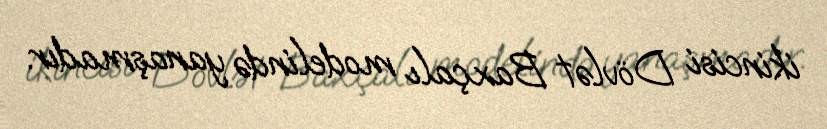
ikincisi Dövlət Baxçalı modelində yanaşmadır.